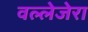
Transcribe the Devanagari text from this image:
वल्लेजेरा